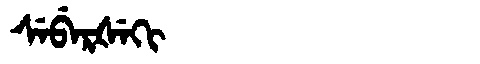
Manchu: ᠰᡝᠪᡝᡵᡧᡝᡴᡳ
Romanization: SEBERŠEKI